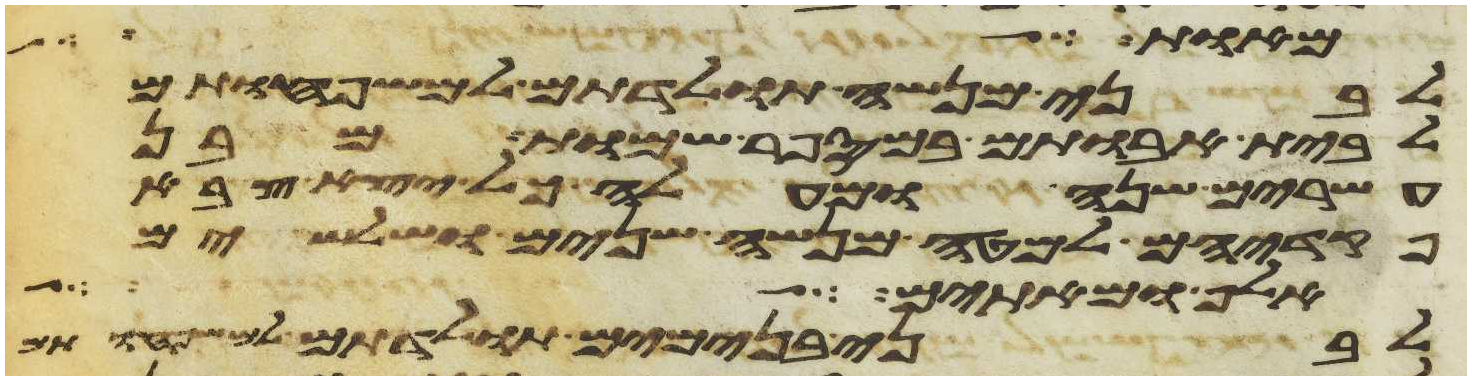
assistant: מאומה אם תעשה לי
לבני מנשה תולדתם למשפחותם
לבית אבותם במספר שמות מבן
עשרים שנה ומעלה כל יצא צבא
פקדיהם למטה מנשה שנים ושלשים
אלף ומאתים
לבני בנימים תולדתם למשפחותם